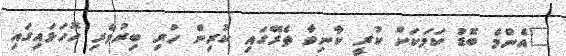
"އެންމެ ބޮޑު ކަމަކަށް ކުރީ ކާނިވާ ތެރޭގައި ކުރިން ހުރި ބިރުވެރި ހޮހަޅައިގައި